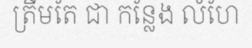
ត្រឹមតែ ជា កន្លែង លំហែ